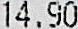
14.90